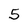
Character: 5